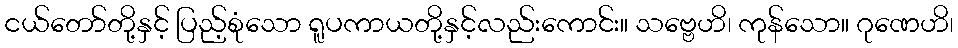
ငယ်တော်တို့နှင့် ပြည့်စုံသော ရူပကာယတို့နှင့်လည်းကောင်း။ သဗ္ဗေဟိ၊ ကုန်သော။ ဂုဏေဟိ၊